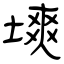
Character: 塽